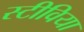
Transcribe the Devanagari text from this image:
स्टीविया